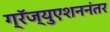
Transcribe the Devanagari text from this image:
ग्रॅज्युएशननंतर